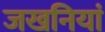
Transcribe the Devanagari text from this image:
जखनियां